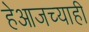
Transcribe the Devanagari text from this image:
हेआजच्याही